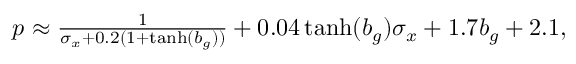
\begin{array} { r } { p \approx \frac { 1 } { \sigma _ { x } + 0 . 2 ( 1 + \operatorname { t a n h } ( b _ { g } ) ) } + 0 . 0 4 \operatorname { t a n h } ( b _ { g } ) \sigma _ { x } + 1 . 7 b _ { g } + 2 . 1 , } \end{array}